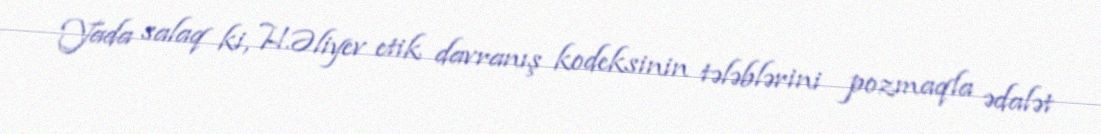
Yada salaq ki, H.Əliyev etik davranış kodeksinin tələblərini pozmaqla ədalət